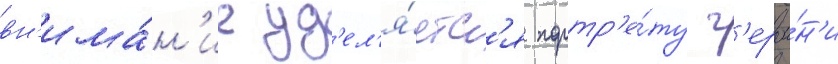
вн'има́н'ие уд'ел'я́етс'я портр'е́ту г'ерои́н'и